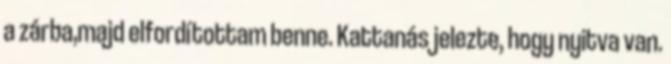
a zárba,majd elfordítottam benne. Kattanás jelezte, hogy nyitva van.